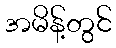
အမိန့်တွင်